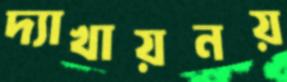
দ্যাখায়নয়